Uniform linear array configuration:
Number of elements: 24
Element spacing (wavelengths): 1
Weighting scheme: binomial
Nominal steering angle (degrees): -15
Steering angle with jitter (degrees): -16.627
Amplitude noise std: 0.05
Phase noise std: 0.05

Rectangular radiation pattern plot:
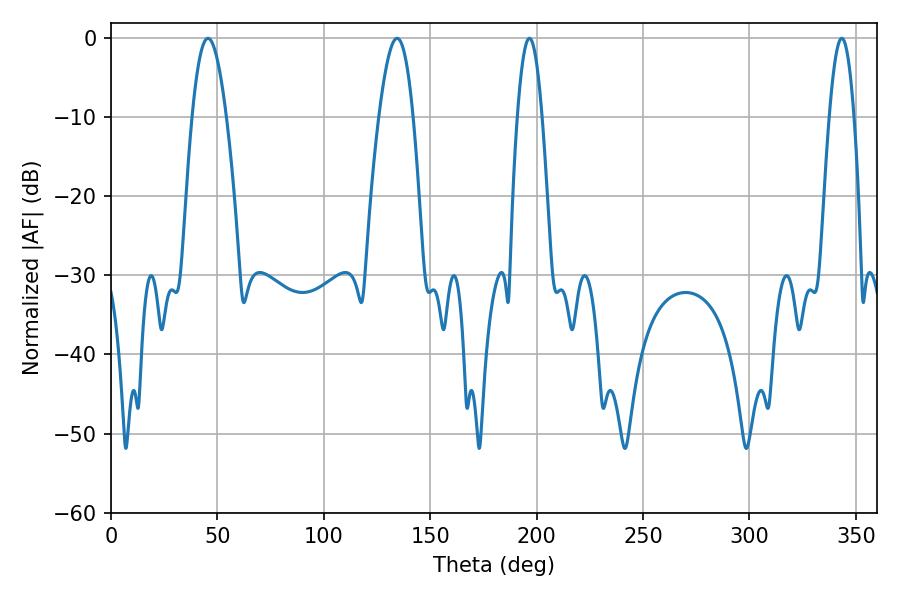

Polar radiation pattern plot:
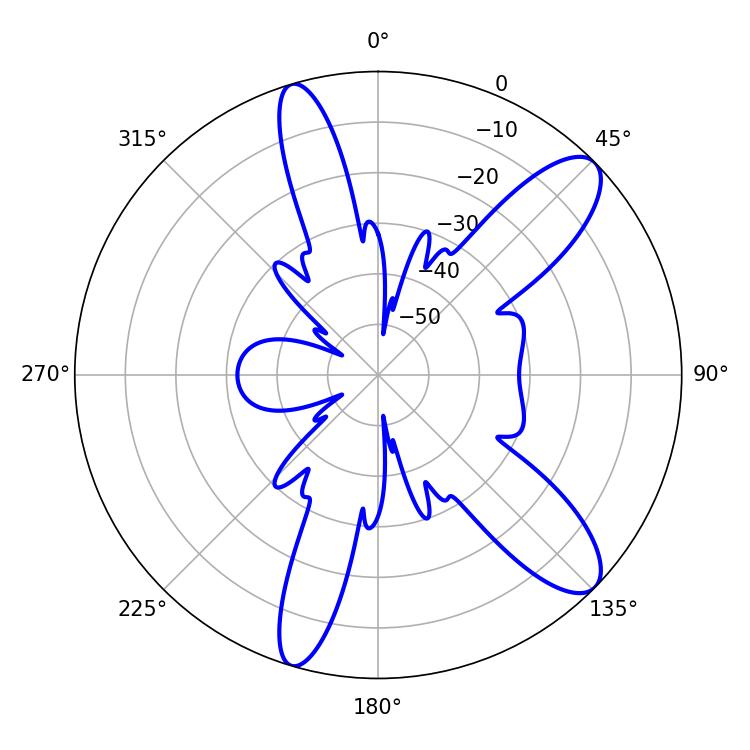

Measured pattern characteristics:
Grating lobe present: TRUE
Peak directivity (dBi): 10.747
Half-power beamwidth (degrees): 8.64
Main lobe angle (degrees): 45.54